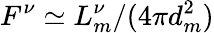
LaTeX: F^{\nu}\simeq L_{m}^{\nu}/(4\pi d_{m}^{2})